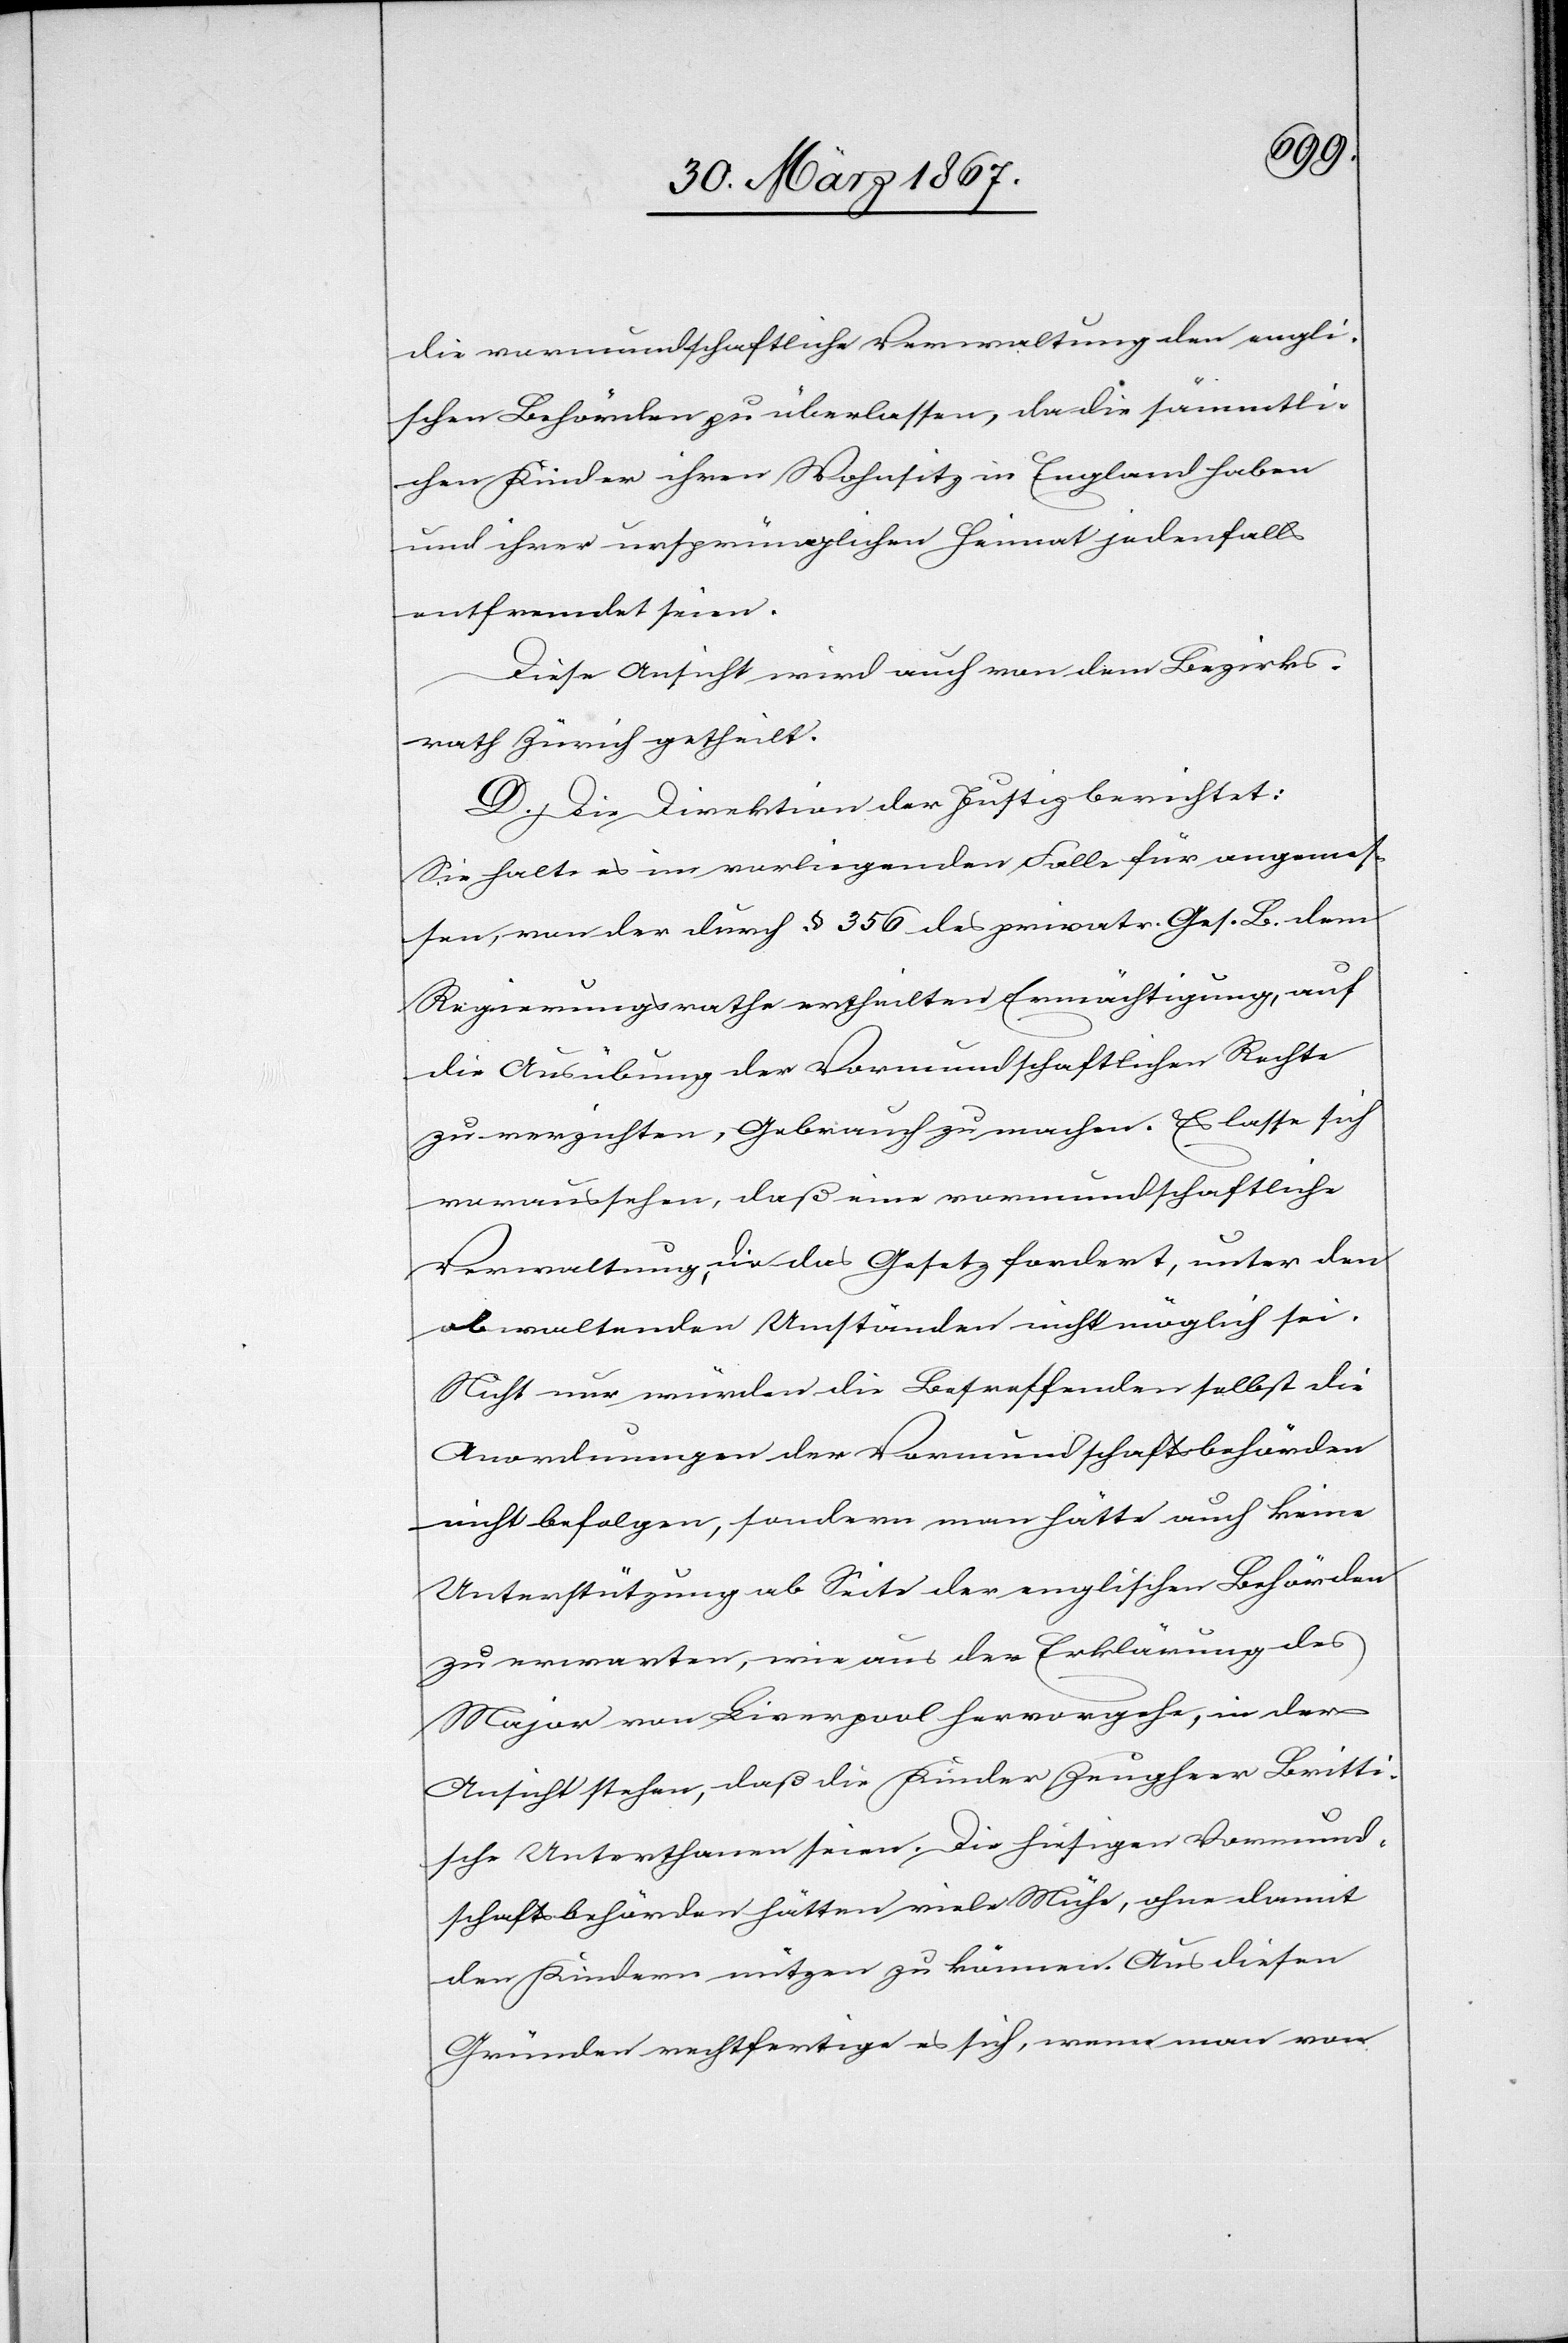
die vormundschaftliche Verwaltung den engli¬
schen Behörden zu überlassen, da die sämmtli¬
chen Kinder ihren Wohnsitz in England haben
und ihrer ursprünglichen Heimat jedenfalls
entfremdet seien.
Diese Ansicht wird auch von dem Bezirks¬
rath Zürich getheilt.
D. Die Direktion der Justiz berichtet:
Sie halte es im vorliegenden Falle für angemes¬
sen, von der durch § 356 des privatr. Ges. B. dem
Regierungsrathe ertheilten Ermächtigung, auf
die Ausübung der Vormundschaftlichen Rechte
zu verzichten, Gebrauch zu machen. Es lasse sich
voraussehen, daß eine vormundschaftliche
Verwaltung, die das Gesetz fordert, unter den
obwaltenden Umständen nicht möglich sei.
Nicht nur würden die Betreffenden selbst die
Anordnungen der Vormundschaftsbehörden
nicht befolgen, sondern man hätte auch keine
Unterstützung ab Seite der englischen Behörden
zu erwarten, [die] wie aus der Erklärung des
Major von Liverpool hervorgehe, in der
Ansicht stehen, daß die Kinder Zeugheer Britti¬
sche Unterthanen seien. Die hiesigen Vormund¬
schaftsbehörden hätten viele Mühe, ohne damit
den Kindern nützen zu können. Aus diesen
Gründen rechtfertige es sich, wenn man von